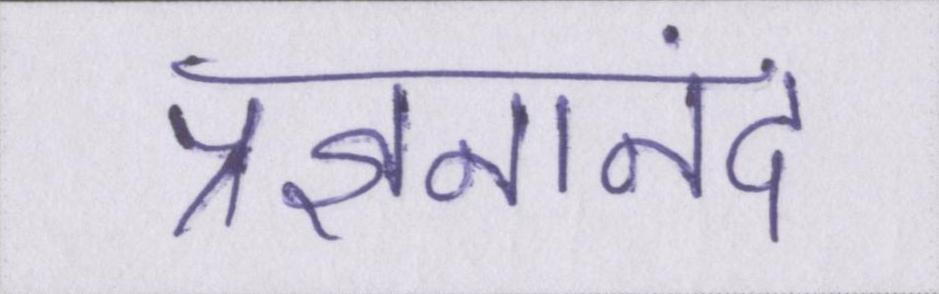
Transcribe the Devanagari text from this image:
प्रज्ञनानंद